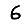
Digit: 6